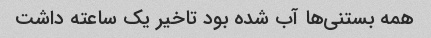
همه بستنی‌ها آب شده بود تاخیر یک ساعته داشت